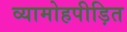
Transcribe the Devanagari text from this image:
व्यामोहपीड़ित